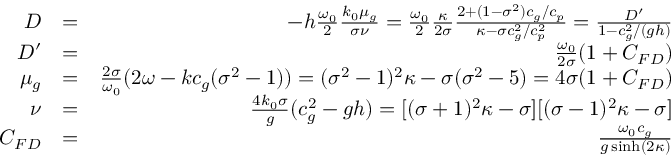
\begin{array} { r l r } { D } & { = } & { - h \frac { \omega _ { 0 } } { 2 } \frac { k _ { 0 } \mu _ { g } } { \sigma \nu } = \frac { \omega _ { 0 } } { 2 } \frac { \kappa } { 2 \sigma } \frac { 2 + ( 1 - \sigma ^ { 2 } ) c _ { g } / c _ { p } } { \kappa - \sigma c _ { g } ^ { 2 } / c _ { p } ^ { 2 } } = \frac { D ^ { \prime } } { 1 - c _ { g } ^ { 2 } / ( g h ) } } \\ { D ^ { \prime } } & { = } & { \frac { \omega _ { 0 } } { 2 \sigma } ( 1 + C _ { F D } ) } \\ { \mu _ { g } } & { = } & { \frac { 2 \sigma } { \omega _ { 0 } } ( 2 \omega - k c _ { g } ( \sigma ^ { 2 } - 1 ) ) = ( \sigma ^ { 2 } - 1 ) ^ { 2 } \kappa - \sigma ( \sigma ^ { 2 } - 5 ) = 4 \sigma ( 1 + C _ { F D } ) } \\ { \nu } & { = } & { \frac { 4 k _ { 0 } \sigma } { g } ( c _ { g } ^ { 2 } - g h ) = [ ( \sigma + 1 ) ^ { 2 } \kappa - \sigma ] [ ( \sigma - 1 ) ^ { 2 } \kappa - \sigma ] } \\ { C _ { F D } } & { = } & { \frac { \omega _ { 0 } c _ { g } } { g \sinh ( 2 \kappa ) } } \end{array}